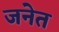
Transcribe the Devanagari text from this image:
जनेत